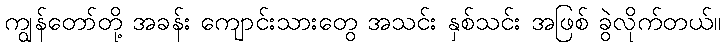
ကျွန်တော်တို့ အခန်း ကျောင်းသားတွေ အသင်း နှစ်သင်း အဖြစ် ခွဲလိုက်တယ်။